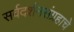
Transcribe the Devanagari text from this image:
सर्वदर्शनसंग्रहाचे